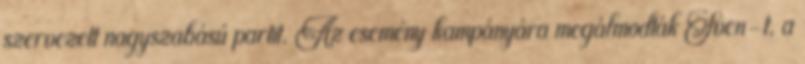
szervezett nagyszabású partit. Az esemény kampányára megálmodták Sven-t, a